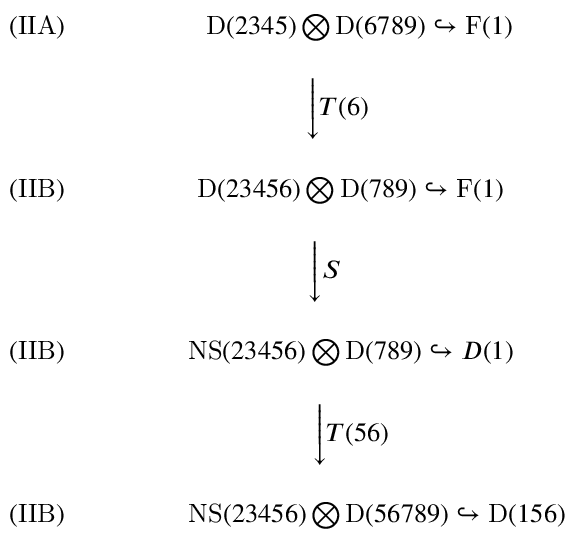
\begin{array} { c c c } { { ( \mathrm { I I A } ) \ \ \ \ \ } } & { { \ \ \mathrm { D } ( 2 3 4 5 ) \bigotimes \mathrm { D } ( 6 7 8 9 ) \hookrightarrow \mathrm { F } ( 1 ) } } \\ { { \ } } & { { } } \\ { { \ } } & { { \Biggl \downarrow { T { ( 6 ) \ \ \ } } } } \\ { { \ } } & { { } } \\ { { ( \mathrm { I I B } ) \ \ \ \ \ } } & { { \mathrm { D } ( 2 3 4 5 6 ) \bigotimes \mathrm { D } ( 7 8 9 ) \hookrightarrow \mathrm { F } ( 1 ) } } \\ { { \ } } & { { } } \\ { { \ } } & { { \Biggl \downarrow { S { \ \ \ \ \ \ } } } } \\ { { \ } } & { { } } \\ { { ( \mathrm { I I B } ) \ \ \ \ \ } } & { { \mathrm { N S } ( 2 3 4 5 6 ) \bigotimes \mathrm { D } ( 7 8 9 ) \hookrightarrow D ( 1 ) } } \\ { { \ } } & { { } } \\ { { \ } } & { { \Biggl \downarrow { T ( 5 6 ) } } } \\ { { \ } } & { { } } \\ { { ( \mathrm { I I B } ) \ \ \ \ \ } } & { { \ \ \ \ \ \ \mathrm { N S } ( 2 3 4 5 6 ) \bigotimes \mathrm { D } ( 5 6 7 8 9 ) \hookrightarrow \mathrm { D } ( 1 5 6 ) } } \end{array}